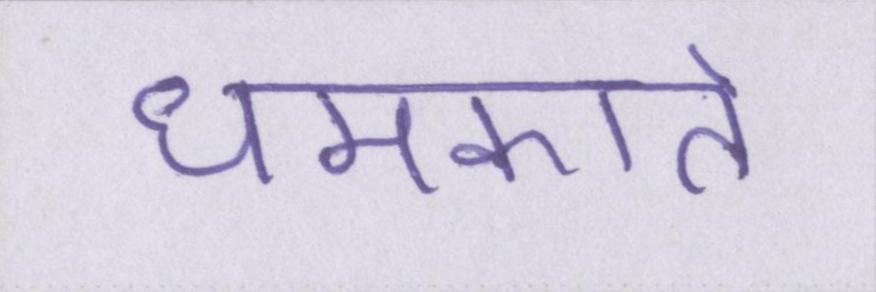
धमकाते